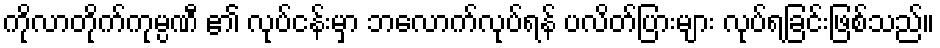
ကိုလာတိုက်ကုမ္ပဏီ ၏ လုပ်ငန်းမှာ ဘလောက်လုပ်ရန် ပလိတ်ပြားများ လုပ်ရခြင်းဖြစ်သည်။